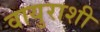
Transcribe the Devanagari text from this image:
वायुराशी